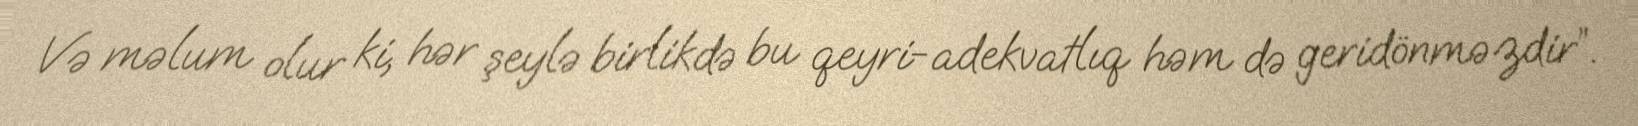
Və məlum olur ki, hər şeylə birlikdə bu qeyri-adekvatlıq həm də geridönməzdir”.